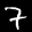
Label: 7